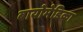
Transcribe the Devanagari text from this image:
बायोमेडिका